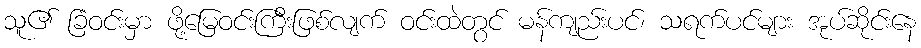
သူ၏ ခြံဝင်းမှာ ဖို့မြေဝင်းကြီးဖြစ်လျက် ဝင်းထဲတွင် မန်ကျည်းပင်၊ သရက်ပင်များ အုပ်ဆိုင်းနေ